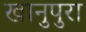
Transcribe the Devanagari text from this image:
खानुपुरा